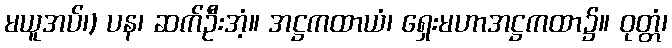
မယူအပ်၊) ပန၊ ဆက်ဦးအံ့။ အဋ္ဌကထာယံ၊ ရှေးမဟာအဋ္ဌကထာ၌။ ဝုတ္တံ၊